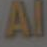
Al